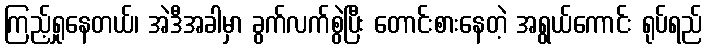
ကြည့်ရှုနေတယ်၊ အဲဒီအခါမှာ ခွက်လက်စွဲပြီး တောင်းစားနေတဲ့ အရွယ်ကောင်း ရုပ်ရည်